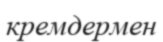
кремдермен